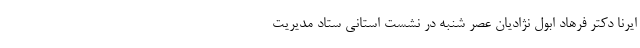
ایرنا دکتر فرهاد ابول نژادیان عصر شنبه در نشست استانی ستاد مدیریت